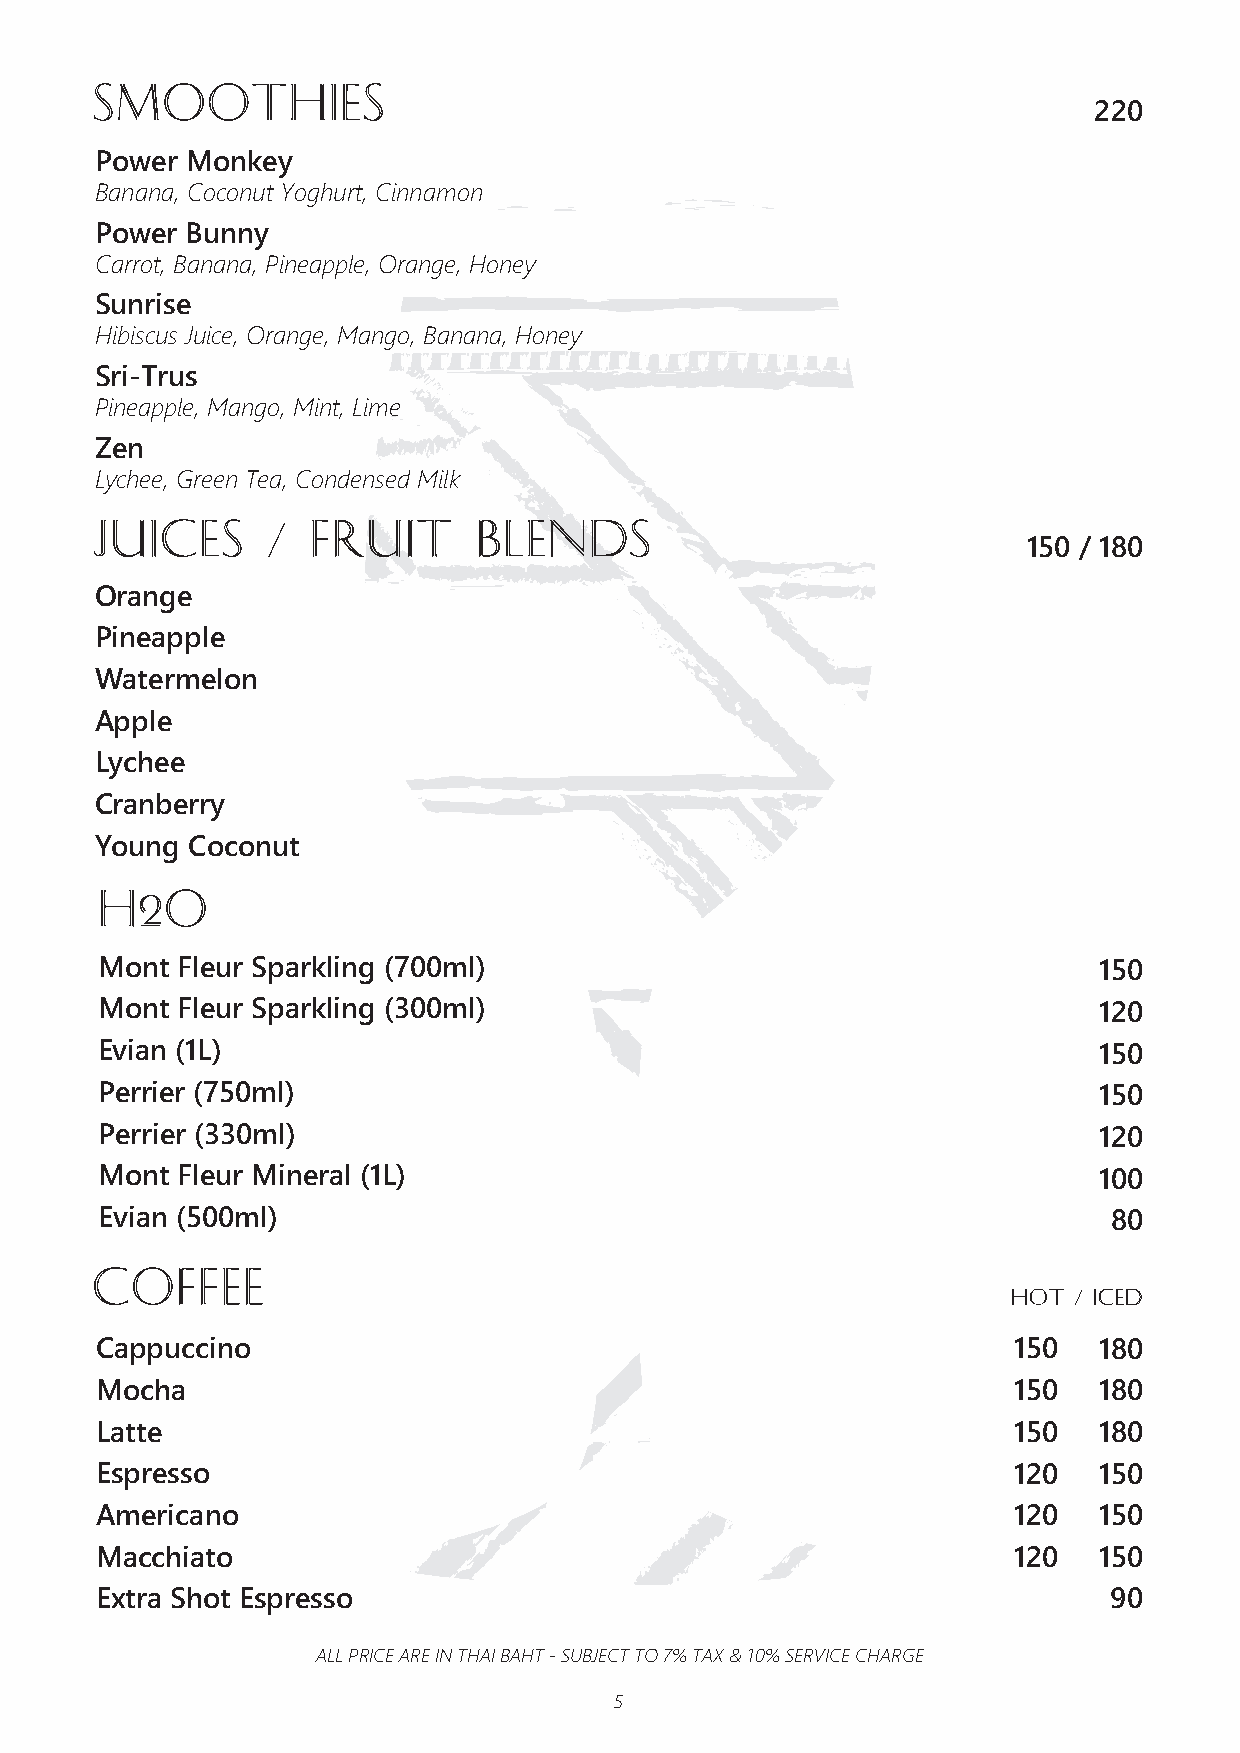
7
 Smoothies
 220
 Power Monkey
 Banana, Coconut Yoghurt, Cinnamon
 Power Bunny
 Carrot, Banana, Pineapple, Orange, Honey
 Sunrise
 Hibiscus Juice, Orange, Mango, Banana, Honey
 Sri-Trus
 Pineapple, Mango, Mint, Lime
 Zen
 Lychee, Green Tea, Condensed Milk
 JUICEs      / FRUIT       BLENDs
 150 / 180
 Orange
 Pineapple
 Watermelon
 Apple
 Lychee
 Cranberry
 Young Coconut
 H2o
 Mont Fleur Sparkling (700ml)                                      150
 Mont Fleur Sparkling (300ml)                                      120
 Evian (1L)                                                        150
 Perrier (750ml)                                                   150
 Perrier (330ml)                                                   120
 Mont Fleur Mineral (1L)                                           100
 Evian (500ml)                                                      80
 COFFEE
 HOT / iced
 Cappuccino                                                   150   180
 Mocha                                                        150   180
 Latte                                                        150   180
 Espresso                                                     120   150
 Americano                                                    120   150
 Macchiato                                                    120   150
 Extra Shot Espresso                                                 90
 ALL PRICE ARE IN THAI BAHT - SUBJECT TO 7% TAX & 10% SERVICE CHARGE
 5